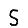
Digit: 5